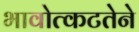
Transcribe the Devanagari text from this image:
भावोत्कटतेने